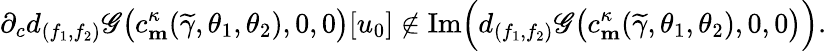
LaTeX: \partial_{c}d_{(f_{1},f_{2})}\mathscr{G}\big(c_{\mathbf{m}}^{\kappa}(\widetilde{\gamma},\theta_{1},\theta_{2}),0,0\big)[u_{0}]\not\in\textnormal{Im}\Big(d_{(f_{1},f_{2})}\mathscr{G}\big(c_{\mathbf{m}}^{\kappa}(\widetilde{\gamma},\theta_{1},\theta_{2}),0,0\big)\Big).